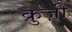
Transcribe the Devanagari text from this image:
क्रुज़ी